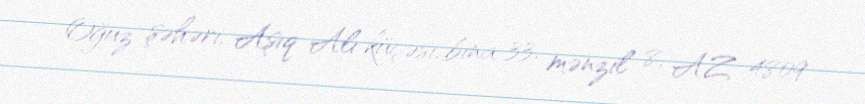
Oğuz şəhəri, Aşıq Alı küçəsi, bina 33, mənzil 8, AZ 4809